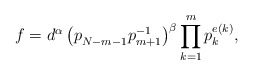
\begin{align*} f = d^\alpha \left(p_{N-m-1}^{\vphantom{-1}} p_{m+1}^{-1}\right)^{\beta} \prod_{k=1}^{m} p_{k}^{e(k)},\end{align*}